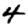
Digit: 4